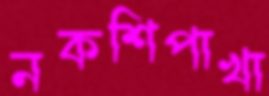
নকশিপাখা